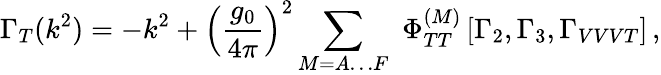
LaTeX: \Gamma_{T}(k^{2})=-k^{2}+\left(\frac{g_{0}}{4\pi}\right)^{2}\sum_{M=A\ldots F}\, \, \Phi_{TT}^{(M)}\left[\Gamma_{2},\Gamma_{3},\Gamma_{VVVT}\right]\, ,